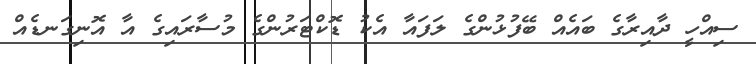
ސިއްހީ ދާއިރާގެ ބައެއް ބޭފުޅުންގެ ލަފައާ އެކު ޑޮކްޓަރުންގެ މުސާރައިގެ އާ އޮނިގަނޑެއް